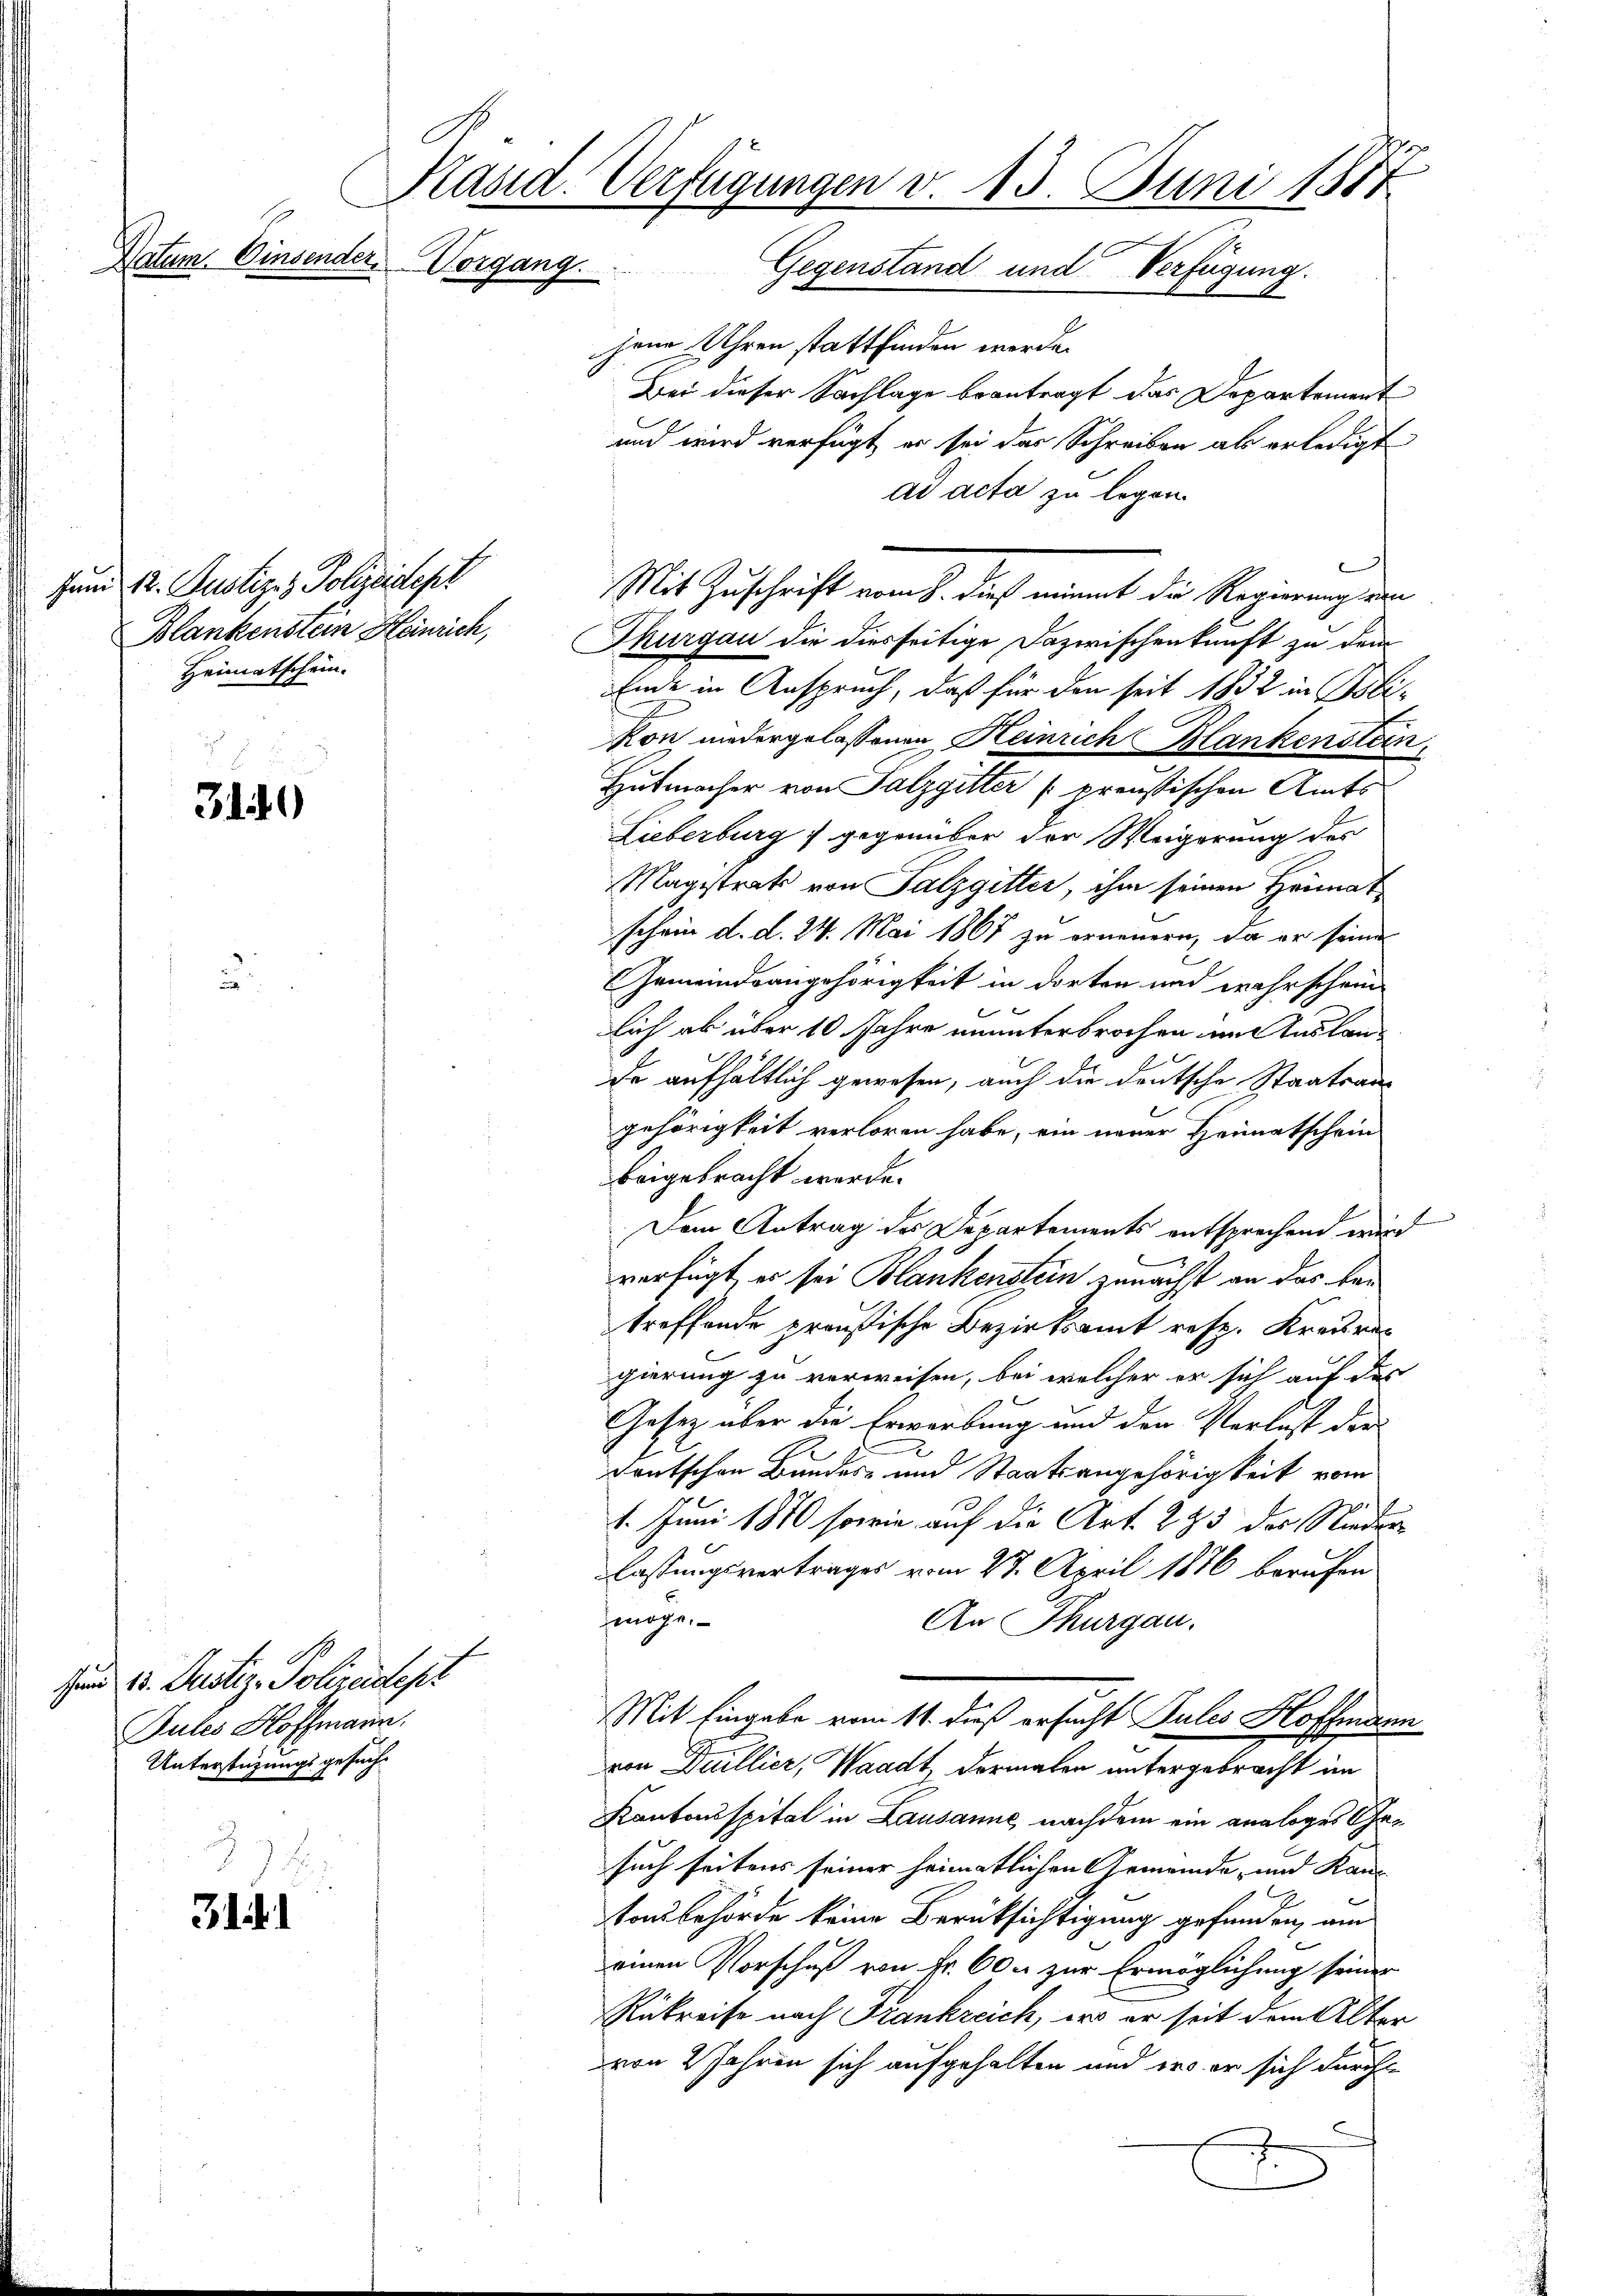
Patern be

3149

sund 13. Justiz - Polizeidenz
Jules Hoffmann.
Unterstüzungsgesuch¬

Bil

Präsid. Verfügungen v. 13. Juni 1871
Vorgang.
Gegenstand und Verfügung.

fum 12. Justiz- & Polizeidept
Blankenstein Heinrich,
Heimatschein.

jene Uhren stattfinden werde.
Bei dieser Sachlage beantragt das Departement
und wird verfügt, er sei das Schreiben als erledigt
ad acta zu legen.
l
Mit Zuschrift vom 8. dieß nimmt die Regierung un
Thurgau die diesseitige Dazwischenkunft zu dem
Ende in Anspruch, daß für den seit 1832 in Bli-
kon niedergelassenen Heinrich Blankenstein
Hutmacher von Salzgitter preußischen Amts
Lieberburg gegenüber der Weigerung des
Magistrats von Salzgitter, ihm seinen Heimat
schein d. d. 24. Mai 1867 zu erneuern, da er seine
Gemeindsangehörigkeit in dorten und wahrschein
lich ab über 10 Jahre ununterbrochen in Auslande aufhältlich gewesen, auch die deutsche Staatsangehörigkeit verloren habe, ein neuer Heimatschein
beigebracht werde.
Dem Antrag des Departements entsprechend wird
verfügt, es sei Blankenstein zunächst an das bei
treffende preußische Bezirksamt resp. Kreisrec
gierung zu verweisen, bei welcher er sich auf des
Gesetz über die Erwerbung und der Verlust der
2
deutschen Bandes- und Staatsangehörigkeit vom
1. Juni 1870 sowie auf die Art. 295 des Niederlastungsvertrages vom 27. April 1876 berufen
möge.
An Thurgau.
Mit Eingabe vom 11. dieß ersucht Sules Hoffmann
von Duillier, Waadt, dermalen untergebracht im
Kantonsspital in Lausanne nachdem ein analoges Gesuch seitens seiner heimatlichen Gemeinde, und Kanz
tonsbehörde keine Berüksichtigung gefunden, am
einen Vorschuß von Fr. 600 zur Ermöglichung seiner
Rükreise nach Frankreich, er er seit dem Alter
von 2 Jahren sich aufgehalten und des er sich durch
.